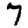
Digit: 7